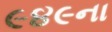
૯૪૯ના